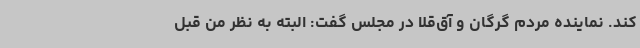
کند. نماینده مردم گرگان و آق‌قلا در مجلس گفت: البته به نظر من قبل